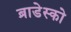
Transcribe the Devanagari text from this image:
ब्राडेस्को